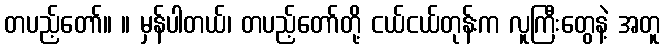
တပည့်တော်။ ။ မှန်ပါတယ်၊ တပည့်တော်တို့ ငယ်ငယ်တုန်းက လူကြီးတွေနဲ့ အတူ